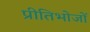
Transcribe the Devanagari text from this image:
प्रीतिभोजों